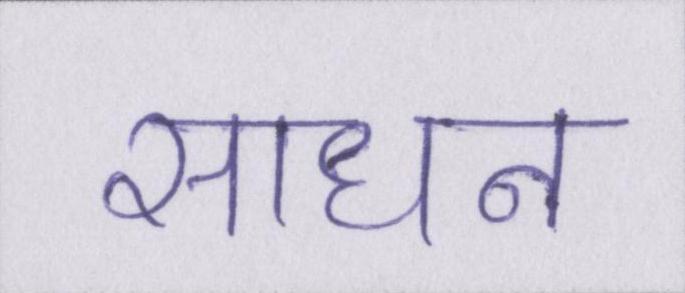
साधन